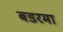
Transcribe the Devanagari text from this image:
बडरमा